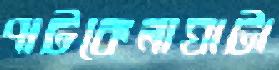
পাটকেলাঘাটা